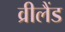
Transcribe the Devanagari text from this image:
व्रीलैंड